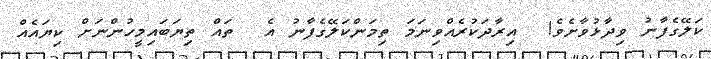
ކަލޭގެފާނު ވިދާޅުވާށެވެ!  އިރާދަކުރެއްވިނަމަ ތިމަންކަލޭގެފާނު އެ  ތައް ތިޔަބައިމީހުންނަށް ކިޔައެއް